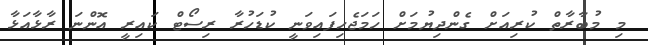
މި މުބާރާތް ކުރިއަށް ގެންދިޔުމަށް ހަމަޖެހިފައިވަނީ ކުޑަހުރާ ރިސޯޓް ކައިރީ އޮންނަ ރާޅާއަޅާ